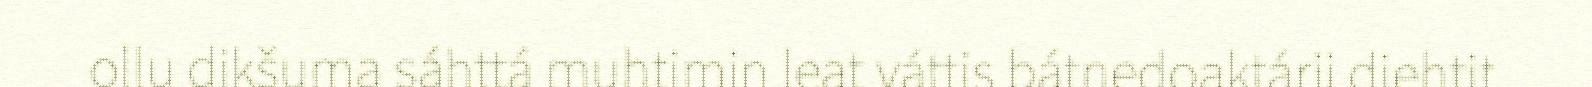
ollu dikšuma sáhttá muhtimin leat váttis bátnedoaktárii diehtit